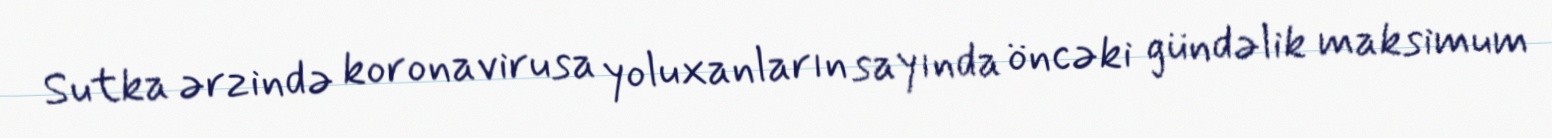
Sutka ərzində koronavirusa yoluxanların sayında öncəki gündəlik maksimum